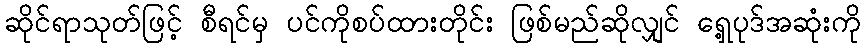
ဆိုင်ရာသုတ်ဖြင့် စီရင်မှ ပင်ကိုစပ်ထားတိုင်း ဖြစ်မည်ဆိုလျှင် ရှေ့ပုဒ်အဆုံးကို